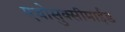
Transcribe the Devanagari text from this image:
एथोसुक्सीमाईड